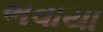
ભવાયા